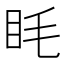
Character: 眊